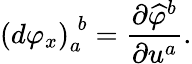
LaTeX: \left(d\varphi_{x}\right)_{a}^{\; b}={\frac{\partial{\widehat{\varphi}}^{b}}{\partial u^{a}}}.